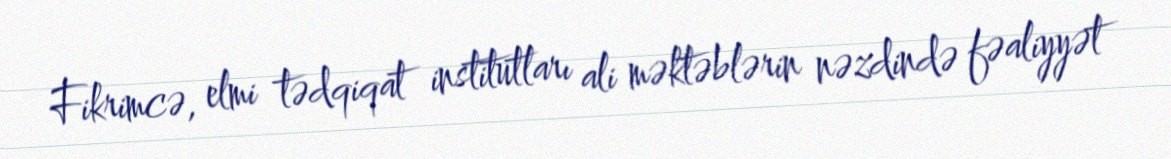
Fikrimcə, elmi tədqiqat institutları ali məktəblərin nəzdində fəaliyyət